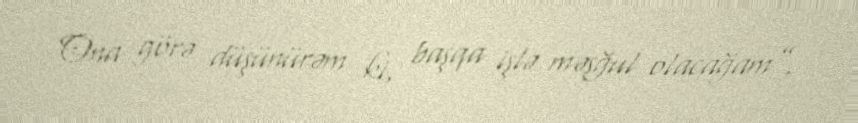
Ona görə düşünürəm ki, başqa işlə məşğul olacağam”.